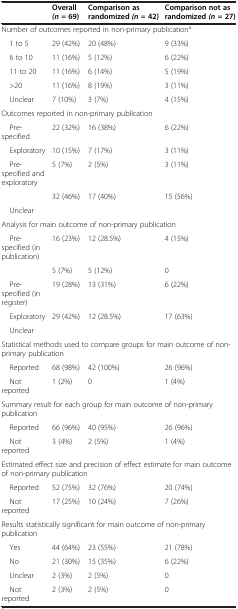
|  | Overall (n = 69) | Comparison as randomized (n = 42) | Comparison not as randomized (n = 27) |
 | --- | --- | --- | --- |
 | <COLSPAN=4> Number of outcomes reported in non-primary publicationa |
 | 1 to 5 | 29 (42%) | 20 (48%) | 9 (33%) |
 | 6 to 10 | 11 (16%) | 5 (12%) | 6 (22%) |
 | 11 to 20 | 11 (16%) | 6 (14%) | 5 (19%) |
 | >20 | 11 (16%) | 8 (19%) | 3 (11%) |
 | Unclear | 7 (10%) | 3 (7%) | 4 (15%) |
 | <COLSPAN=4> Outcomes reported in non-primary publication |
 | Pre-specified | 22 (32%) | 16 (38%) | 6 (22%) |
 | Exploratory | 10 (15%) | 7 (17%) | 3 (11%) |
 | Pre-specified and exploratory | 5 (7%) | 2 (5%) | 3 (11%) |
 |  | 32 (46%) | 17 (40%) | 15 (56%) |
 | Unclear |  |  |  |
 | <COLSPAN=4> Analysis for main outcome of non-primary publication |
 | Pre-specified (in publication) | 16 (23%) | 12 (28.5%) | 4 (15%) |
 |  | 5 (7%) | 5 (12%) | 0 |
 | Pre-specified (in register) | 19 (28%) | 13 (31%) | 6 (22%) |
 | Exploratory | 29 (42%) | 12 (28.5%) | 17 (63%) |
 | Unclear |  |  |  |
 | <COLSPAN=4> Statistical methods used to compare groups for main outcome of non-primary publication |
 | Reported | 68 (98%) | 42 (100%) | 26 (96%) |
 | Not reported | 1 (2%) | 0 | 1 (4%) |
 | <COLSPAN=4> Summary result for each group for main outcome of non-primary publication |
 | Reported | 66 (96%) | 40 (95%) | 26 (96%) |
 | Not reported | 3 (4%) | 2 (5%) | 1 (4%) |
 | <COLSPAN=4> Estimated effect size and precision of effect estimate for main outcome of non-primary publication |
 | Reported | 52 (75%) | 32 (76%) | 20 (74%) |
 | Not reported | 17 (25%) | 10 (24%) | 7 (26%) |
 | <COLSPAN=4> Results statistically significant for main outcome of non-primary publication |
 | Yes | 44 (64%) | 23 (55%) | 21 (78%) |
 | No | 21 (30%) | 15 (35%) | 6 (22%) |
 | Unclear | 2 (3%) | 2 (5%) | 0 |
 | Not reported | 2 (3%) | 2 (5%) | 0 |